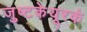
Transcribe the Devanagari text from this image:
जुष्टकेयूरकं